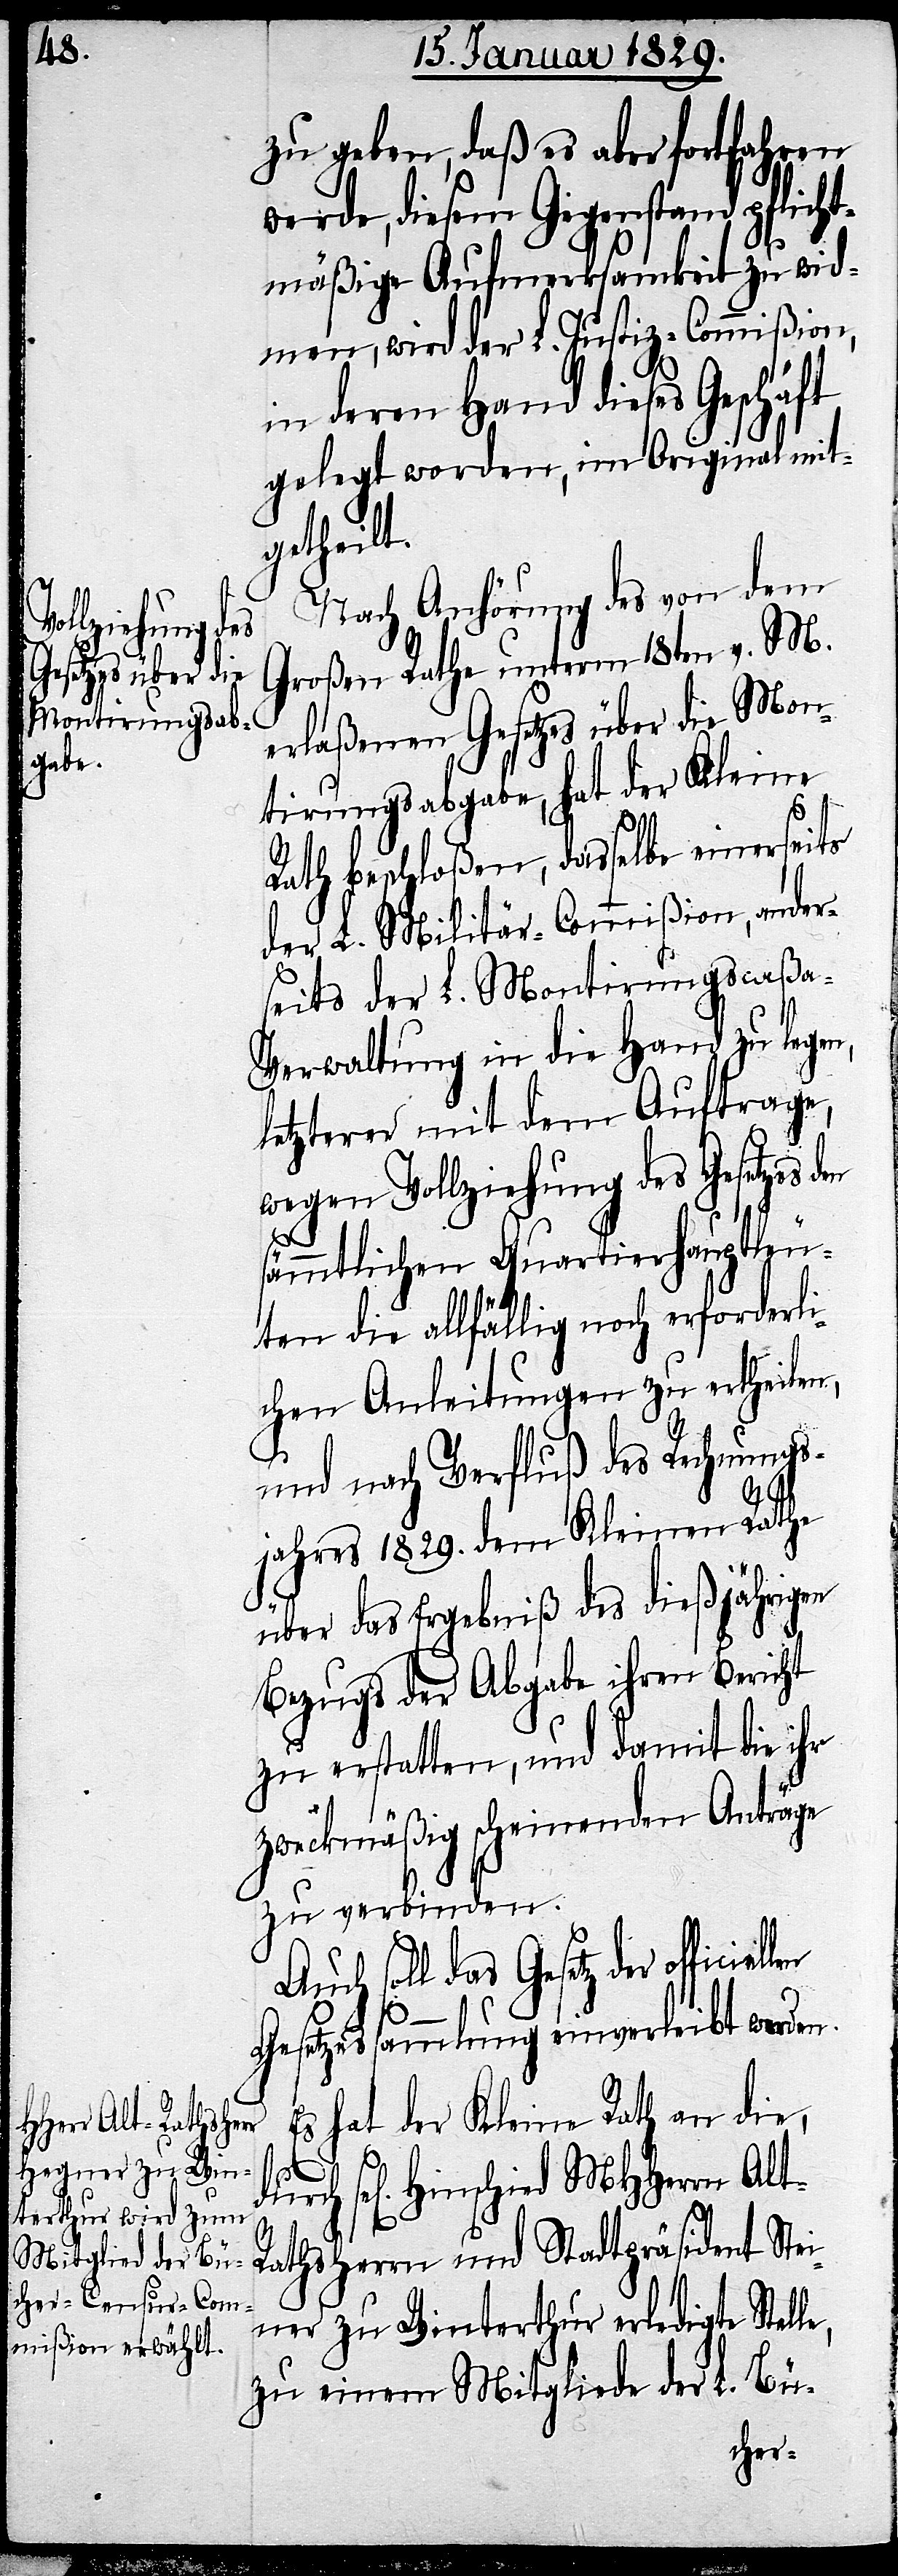
durch sel[iges].

zu geben, daß es aber fortfahren
werde, diesem Gegenstand pflicht¬
mäßige Aufmerksamkeit zu wid¬
men, wird der L. Justiz-Commißion,
in deren Hand dieses Geschäft
gelegt worden, im Original mit¬
getheilt.
Nach Anhörung des von dem
Großen Rathe unterm 18ten v. M.
erlaßenen Gesetzes über die Mon¬
tirungsabgabe, hat der Kleine
Rath beschloßen, dasselbe einerseits
der L. Militär-Commißion, ander¬
seits der L. Montirungscaß¬
a-Verwaltung in die Hand zu legen,
letzterer mit dem Auftrage,
wegen Vollziehung des Gesetzes
sämmtlichen Quartierhauptleu¬
ten die allfällig noch erforderli¬
chen Anleitungen zu ertheilen,
und nach Verfluß des Rechnungsj¬
ahres 1829. dem Kleinen Rathe
le,
über das Ergebniß des dießjährigen
Bezugs der Abgabe ihren Bericht
zu erstatten, und damit die ihr
zweckmäßig scheinenden Anträge
zu verbinden.
Auch soll das Gesetz der officiel¬
Gesetzessammlung einverleibt werden.
Es hat der Kleine Rath an die,
scheiden MHHerrn Al¬
athsherrn und Stadtpräsident Stei¬
ner zu Winterthur erledigte Stel¬
zu einem Mitgliede der L. Bü-